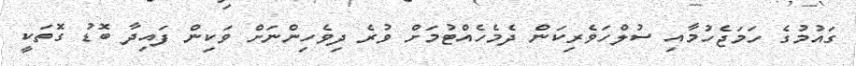
ގައުމުގެ ހަމަޖެހުމާއި ސުލްހަވެރިކަން ދެމެހެއްޓުމަށް ވުރެ ދިވެހިންނަށް ވަކިން ފައިދާ ބޮޑު ގޮތަކީ